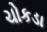
ચોકડા